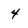
Character: 4